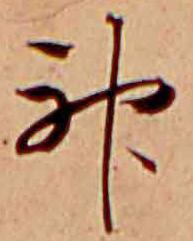
神